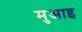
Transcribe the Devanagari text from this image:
मुआइ